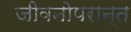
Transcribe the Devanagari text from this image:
जीवनोपरान्त